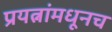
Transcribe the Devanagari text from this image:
प्रयत्नांमधूनच